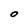
Character: O